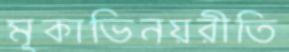
মূকাভিনয়রীতি